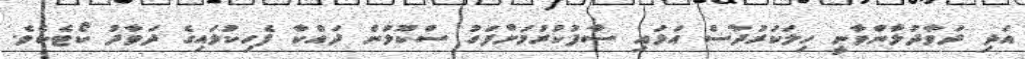
އަދި ދަވާދުލާންވާނީ ހިލަކަރުދާސް އަޅައި ސާފުކުރުމަށްފަހު ސްކޫލުން ދައްކާ ފެހިކުލައިގެ ދަވާދު ކޯޓެކެވެ.